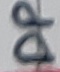
Text: DP